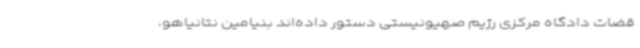
قضات دادگاه مرکزی رژیم صهیونیستی دستور داده‌اند بنیامین نتانیاهو،